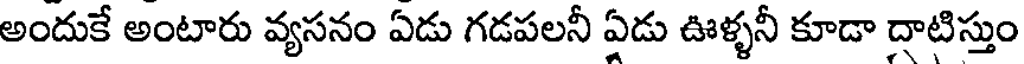
అందుకే అంటారు వ్యసనం ఏడు గడపలనీ ఏడు ఊళ్ళనీ కూడా దాటిస్తుం